Report on the treatment of epidemic cholera: from information collected by the governments of Bengal, Madras, Bombay, N.W. Provinces, Punjab, Oudh, and Central India, by order of the Government of India
Disease focus: Cholera
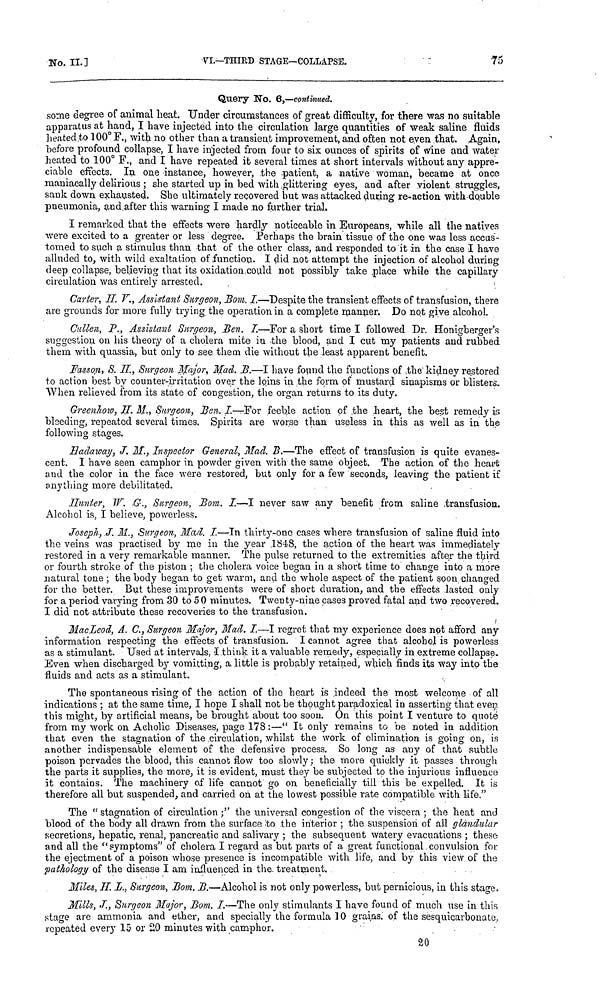
No. II.]
VI.—THIRD
STAGE—COLLAPSE.
75
Query No. 6,—continued.
some degree of animal heat. Under circumstances of great difficulty, for there was no suitable
apparatus at hand, I have injected into the circulation large quantities of weak saline fluids
heated to 100° F., with no other than a transient improvement, and often not even that. Again,
before profound collapse, I have injected from four to six ounces of spirits of wine and water
heated to 100° F., and I have repeated it several times at short intervals without any appre-
ciable effects. In one instance, however, the patient, a native woman, became at once
maniacally delirious; she started up in bed with glittering eyes, and after violent struggles,
sank down exhausted. She ultimately recovered but was attacked during re-action with double
pneumonia, and after this warning I made no further trial.
I remarked that the effects were hardly noticeable in Europeans, while all the natives
were excited to a greater or less degree. Perhaps the brain tissue of the one was less accus-
tomed to such a stimulus than that of the other class, and responded to it in the case I have
alluded to, with wild exaltation of function. I did not attempt the injection of alcohol during
deep collapse, believing that its oxidation could not possibly take place while the capillary
circulation was entirely arrested.
Carter, II. V.., Assistant Surgeon, Bom. I.—Despite the transient effects of transfusion, there
are grounds for more fully trying the operation in a complete manner. Do not give alcohol.
Callen, P., Assistant Surgeon, Ben. I.—For a short time I followed Dr. Honigberger's
suggestion on his theory of a cholera mite in the blood, and I cut my patients and rubbed
them with quassia, but only to see them die without the least apparent benefit.
Fasson, S. IL, Surgeon Major, Mad. B.—I have found the functions of the kidney restored
to action best by counter-irritation over the loins in the form of mustard sinapisms or blisters.
When relieved from its state of congestion, the organ returns to its duty.
Greenhow, H. M., Surgeon, Ben. I.—For feeble action of the heart, the best remedy is
bleeding, repeated several times. Spirits are worse than useless in this as well as in the
following stages.
Hadaway, J. M., Inspector General, Mad. B.—The effect of transfusion is quite evanes-
cent. I have seen camphor in powder given with the same object. The action of the heart
and the color in the face were restored, but only for a few seconds, leaving the patient if
anything more debilitated.
Hunter, W. G., Surgeon, Bom. I.—I never saw any benefit from saline transfusion.
Alcohol is, I believe, powerless.
Joseph, J. M., Surgeon, Mad. I.—In thirty-one cases where transfusion of saline fluid into
the veins was practised by me in the year 1848, the action of the heart was immediately
restored in a very remarkable manner. The pulse returned to the extremities after the third
or fourth stroke of the piston ; the cholera voice began in a short time to change into a more
natural tone ; the body hegan to get warm, and the whole aspect of the patient soon changed
for the better. But these improvements were of short duration, and the effects lasted only
for a period varying from 30 to 50 minutes. Twenty-nine cases proved fatal and two recovered.
I did not attribute these recoveries to the transfusion.
MacLeod, A. C., Surgeon Major, Mad. I.—I regret that my experience does not afford any
information respecting the effects of transfusion. I cannot agree that alcohol is powerless
as a stimulant. Used at intervals, I think it a valuable remedy, especially in extreme collapse.
Even when discharged by vomitting, a little is probably retained, which finds its way into the
fluids and acts as a stimulant.
The spontaneous rising of the action of the heart is indeed the most welcome of all
indications ; at the same time, I hope I shall not be thought paradoxical in asserting that even
this might, by artificial means, be brought about too soon. On this point I venture to quote
from my work on Acholie Diseases, page 178 :—" It only remains to be noted in addition
that even the stagnation of the circulation, whilst the work of elimination is going on, is
another indispensable element of the defensive process. So long as any of that subtle
poison pervades the blood, this cannot flow too slowly ; the more quickly it passes through
the parts it supplies, the more, it is evident, must they be subjected to the injurious influence
it contains. The machinery of life cannot go on beneficially till this be expelled. It is
therefore all but suspended, and carried on at the lowest possible rate compatible with life."
The "stagnation of circulation;" the universal congestion of the viscera ; the heat and
blood of the body all drawn from the surface to the interior ; the suspension of all glandular
secretions, hepatic, renal, pancreatic and salivary ; the subsequent watery evacuations ; these
and all the "symptoms" of cholera I regard as but parts of a great functional convulsion for
the ejectment of a poison whose presence is incompatible with life, and by this view of the
pathology of the disease I am influenced in the. treatment.
Miles, H. L., Surgeon, Bom. B.—Alcohol is not only powerless, but pernicious, in this stage.
Mills, J., Surgeon Major, Bom. I.—The only stimulants I have found of much use in this
stage are ammonia and ether, and specially the formula 10 grains, of the sesquicarbonate
repeated every 15 or 20 minutes with camphor.
20